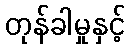
တုန်ခါမှုနှင့်